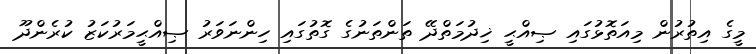
މީގެ އިތުރުން މިއަތޮޅުގައި ޞިއްޙީ ޚިދުމަތްދޭ ތަންތަނުގެ ގޮތުގައި ހިންނަވަރު ޞިއްޙީމަރުކަޒު ކުރެންދޫ